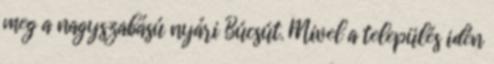
meg a nagyszabású nyári Búcsút. Mivel a település idén